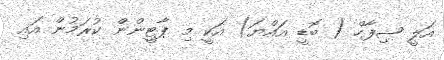
އަލީ ޝިފާހް ( ބޮޑީ އައްޔަ) އަކީ މި ޕާޓީންން ކުރަމުން އައި